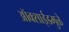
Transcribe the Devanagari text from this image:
ऑक्साईडमुळे